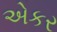
એકર